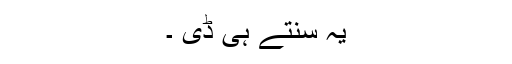
یہ سنتے ہی ڈی ۔